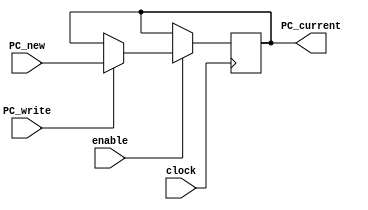
`timescale 1ps / 1ps
//////////////////////////////////////////////////////////////////////////////////
// Company: 
// Engineer: 
// 
// Design Name: 
// Module Name:    PC 
// Project Name: 
// Target Devices: 
// Tool versions: 
// Description: 
//
// Dependencies: 
//
// Revision: 
// Revision 0.01 - File Created
// Additional Comments: 
//
//////////////////////////////////////////////////////////////////////////////////
module PC(
					input clock,
					input enable,
					input PC_write,
					input [9:0] PC_new,			//direccion que entra al PC, es la que sale del sumador o que viene desde un jump
					output reg [9:0]PC_current		//direccion que sale del PC, es la que va la Memoria de Instrucciones.
					);

initial PC_current = 0;
//initial PC_new = 0;

always@ (negedge clock)
begin
	if(enable)
		begin
			if(PC_write)
				PC_current<=PC_new;
			else
				PC_current<=PC_current;
		end
	else
		begin
			PC_current<=PC_current;
		end
end

endmodule